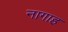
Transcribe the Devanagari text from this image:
नागाह